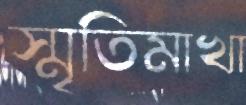
স্মৃতিমাখা